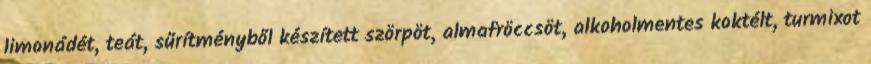
limonádét, teát, sűrítményből készített szörpöt, almafröccsöt, alkoholmentes koktélt, turmixot